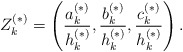
\begin{align*}Z_k^{(*)} =\left(\frac{a_k^{(*)}}{h_k^{(*)}},\frac{b_k^{(*)}}{h_k^{(*)}},\frac{c_k^{(*)}}{h_k^{(*)}}\right).\end{align*}